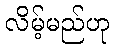
လိမ့်မည်ဟု